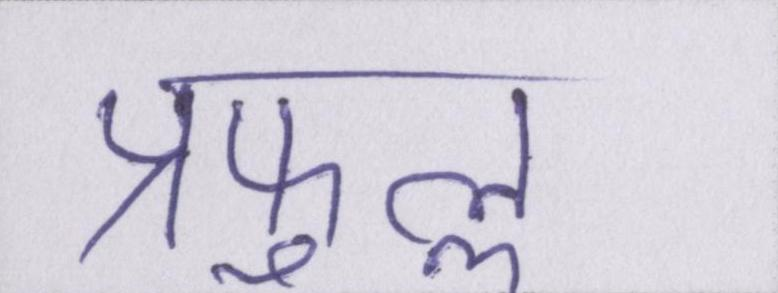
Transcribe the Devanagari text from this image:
प्रफुल्ल